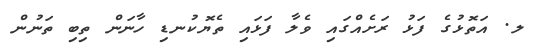
ލ. އަތޮޅުގެ ފަޅު ރަށެއްގައި ވެލާ ފަަޅައި ތެޔޮކުނޑި ހާނަން ތިބި ތަނުން